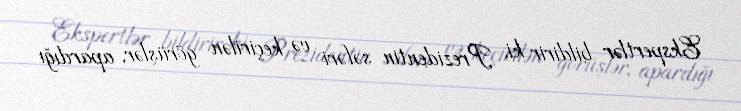
Ekspertlər bildirir ki, Prezidentin səfəri və keçirilən görüşlər, apardığı